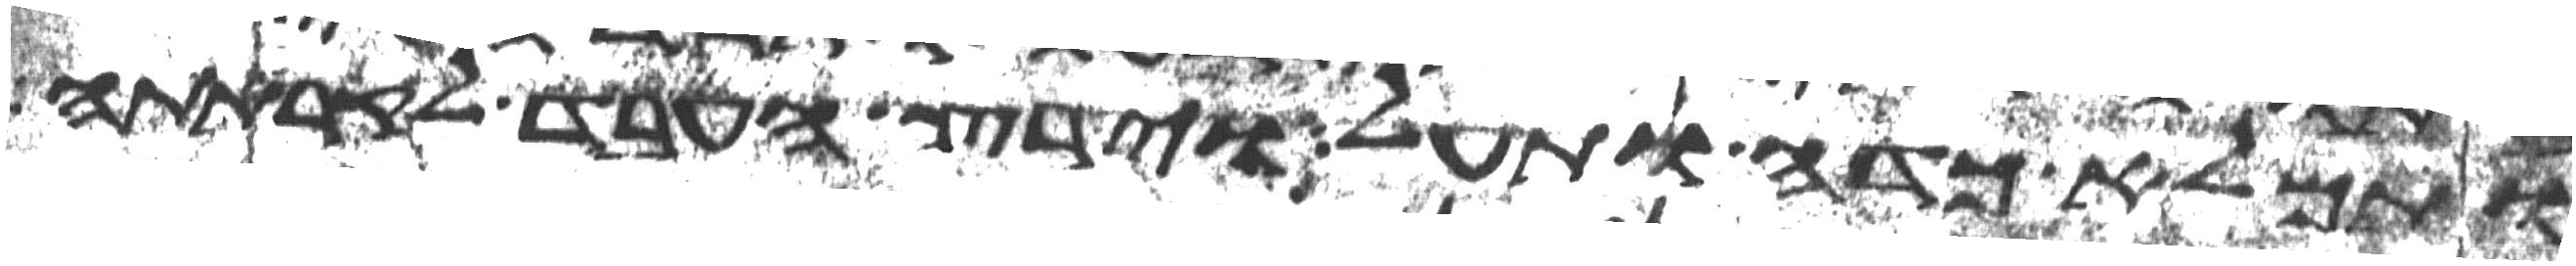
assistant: ותמלא כדה ותעל וירץ העבד לקראתה